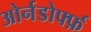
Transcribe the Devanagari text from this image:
ओर्नडोर्फ्फ़